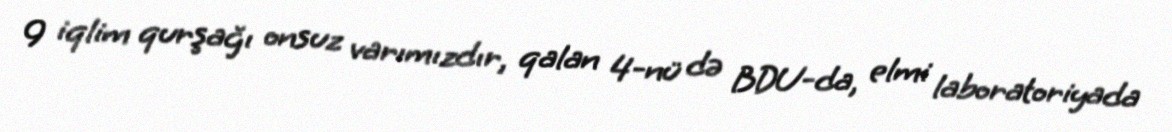
9 iqlim qurşağı onsuz varımızdır, qalan 4-nü də BDU-da, elmi laboratoriyada